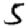
Digit: 5